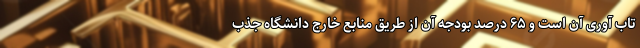
تاب آوری آن است و ۶۵ درصد بودجه آن از طریق منابع خارج دانشگاه جذب